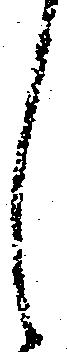
し